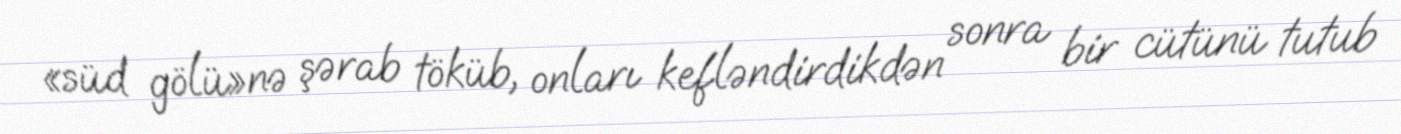
«süd gölü»nə şərab töküb, onları kefləndirdikdən sonra bir cütünü tutub